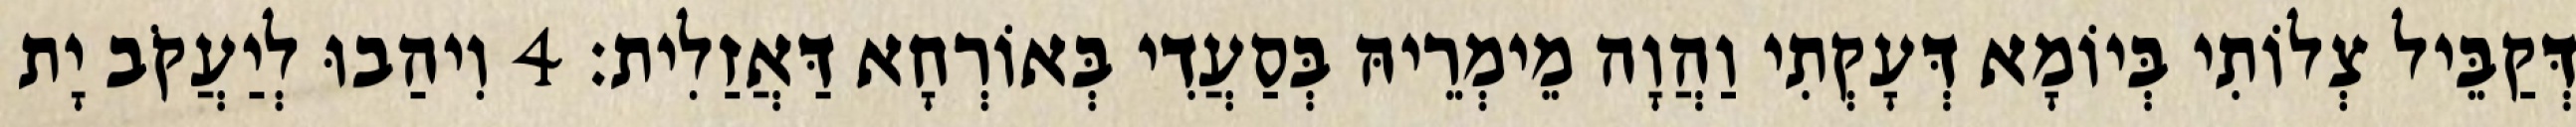
דְּקַבֵּיל צְלוֹתִי בְּיוֹמָא דְּעָקְתִי וַהֲוָה מֵימְרֵיהּ בְּסַעֲדִי בְּאוֹרְחָא דַּאֲזַלִית׃ 4 וִיהַבוּ לְיַעֲקֹב יָת